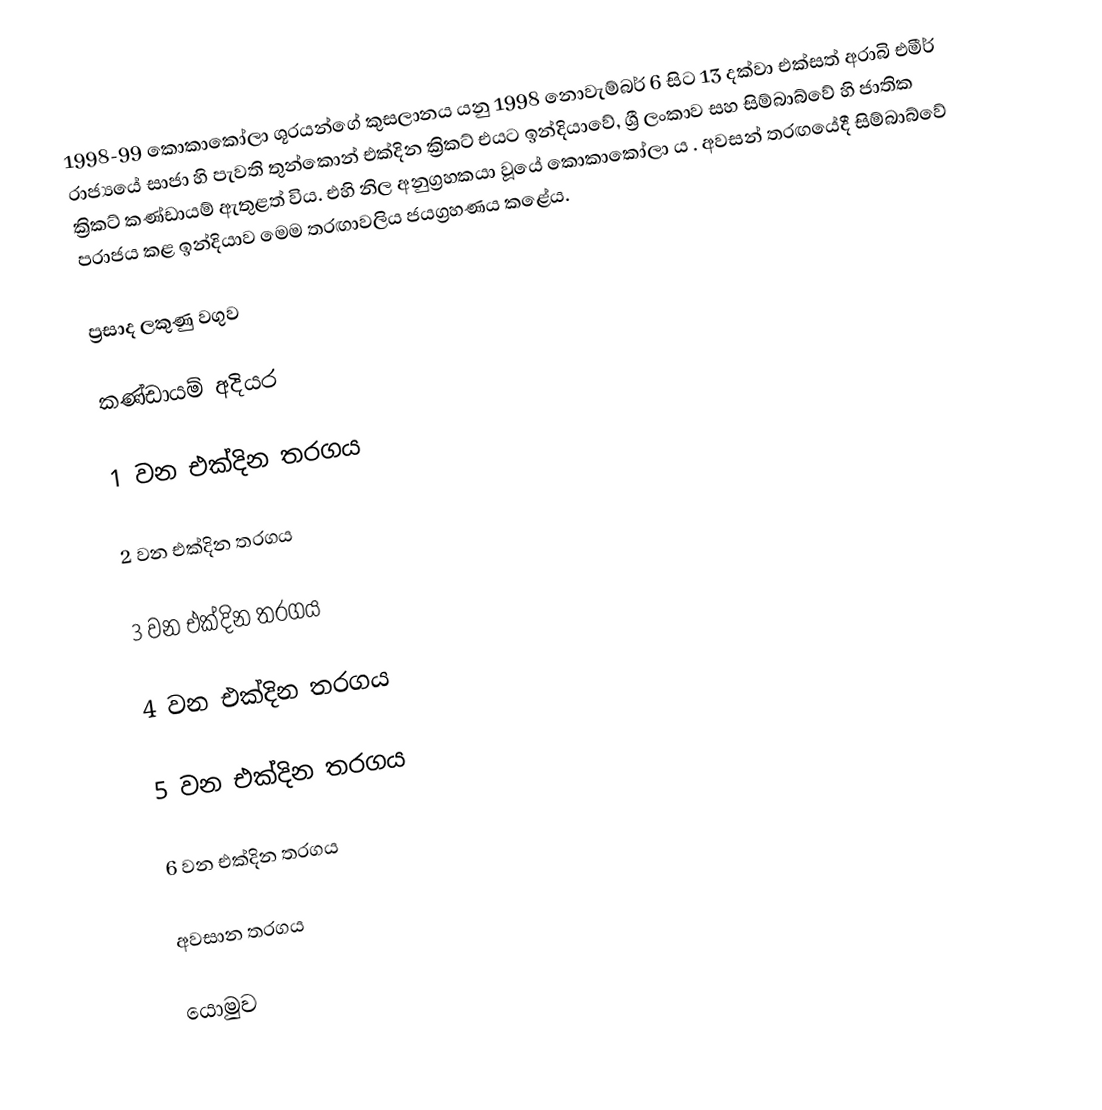
1998-99 කොකාකෝලා ශූරයන්ගේ කුසලානය යනු 1998 නොවැම්බර් 6 සිට 13 දක්වා එක්සත් අරාබි එමීර් රාජ්‍යයේ සාජා හි පැවති තුන්කොන් එක්දින ක්‍රිකට්  එයට ඉන්දියාවේ, ශ්‍රී ලංකාව සහ සිම්බාබ්වේ හි ජාතික ක්‍රිකට් කණ්ඩායම් ඇතුළත් විය. එහි නිල අනුග්‍රහකයා වූයේ කොකාකෝලා ය . අවසන් තරඟයේදී සිම්බාබ්වේ පරාජය කළ ඉන්දියාව මෙම තරඟාවලිය ජයග්‍රහණය කළේය.

ප්‍රසාද ලකුණු වගුව

කණ්ඩායම් අදියර

1 වන එක්දින තරගය

2 වන එක්දින තරගය

3 වන එක්දින තරගය

4 වන එක්දින තරගය

5 වන එක්දින තරගය

6 වන එක්දින තරගය

අවසාන තරගය

යොමුව